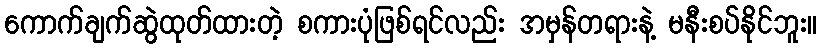
ကောက်ချက်ဆွဲထုတ်ထားတဲ့ စကားပုံဖြစ်ရင်လည်း အမှန်တရားနဲ့ မနီးစပ်နိုင်ဘူး။